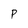
Character: P